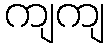
ကျကျ